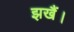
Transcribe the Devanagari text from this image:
झखैं।